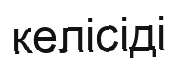
келісіді